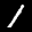
Label: 1